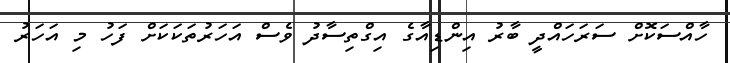
ހާއްސަކޮށް ސަރަހައްދީ ބާރު އިންޑިއާގެ އިގްތިސާދު ވެސް އަހަރުތަކަކަށް ފަހު މި އަހަރު